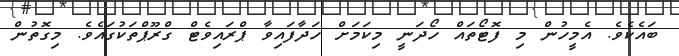
ބައެކެވެ. އެމީހުން މި ފޮޓޯތައް ހޯދަނީ މިކަމަށް ހަދާފައިވާ ޕްރައިވެޓް ގްރޫޕްތަކުގައެވެ. މިގޮތުން